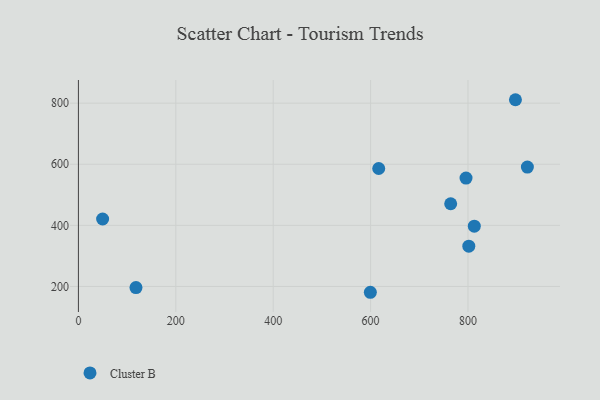
{"axis": {"x": "Price", "y": "Yield"}, "legend": ["Cluster B"], "data": [{"x": "118.2", "y": 196.4, "type": "Cluster B"}, {"x": "599.5", "y": 180.9, "type": "Cluster B"}, {"x": "813.0", "y": 397.3, "type": "Cluster B"}, {"x": "897.5", "y": 811.3, "type": "Cluster B"}, {"x": "616.7", "y": 586.2, "type": "Cluster B"}, {"x": "801.7", "y": 331.7, "type": "Cluster B"}, {"x": "922.0", "y": 590.7, "type": "Cluster B"}, {"x": "796.0", "y": 554.9, "type": "Cluster B"}, {"x": "764.5", "y": 470.7, "type": "Cluster B"}, {"x": "49.7", "y": 420.8, "type": "Cluster B"}]}